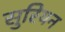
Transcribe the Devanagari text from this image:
सुरियन